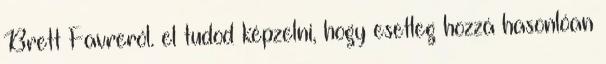
Brett Favreról. el tudod képzelni, hogy esetleg hozzá hasonlóan